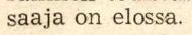
 saaja on elossa.